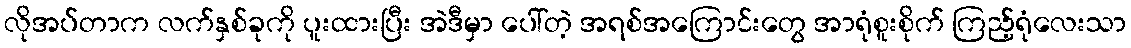
လိုအပ်တာက လက်နှစ်ခုကို ပူးထားပြီး အဲဒီမှာ ပေါ်တဲ့ အရစ်အကြောင်းတွေ အာရုံစူးစိုက် ကြည့်ရုံလေးသာ